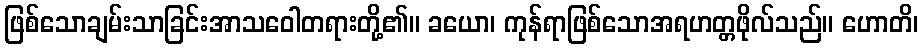
ဖြစ်သောချမ်းသာခြင်းအာသဝေါတရားတို့၏။ ခယော၊ ကုန်ရာဖြစ်သောအရဟတ္တဖိုလ်သည်။ ဟောတိ၊